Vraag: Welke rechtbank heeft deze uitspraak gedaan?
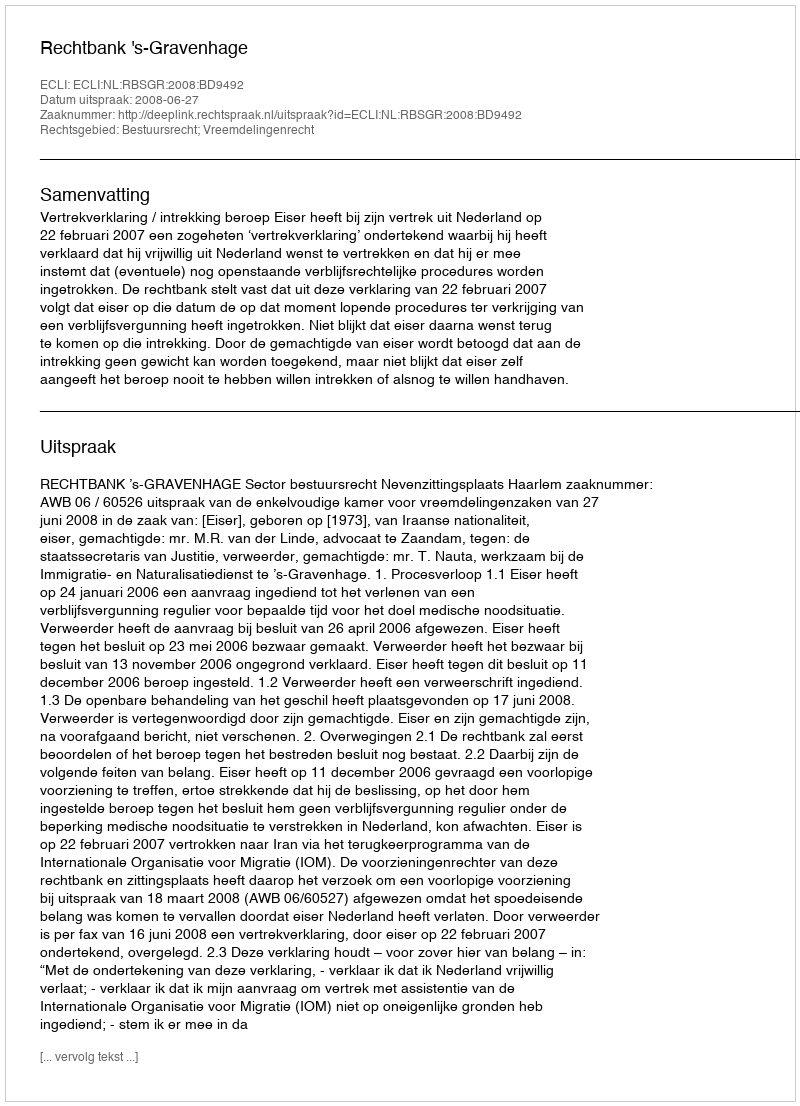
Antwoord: Rechtbank 's-Gravenhage